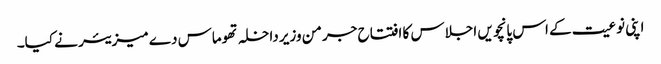
اپنی نوعیت کے اس پانچویں اجلاس کا افتتاح جرمن وزیر داخلہ تھوماس دے میزیئر نے کیا۔